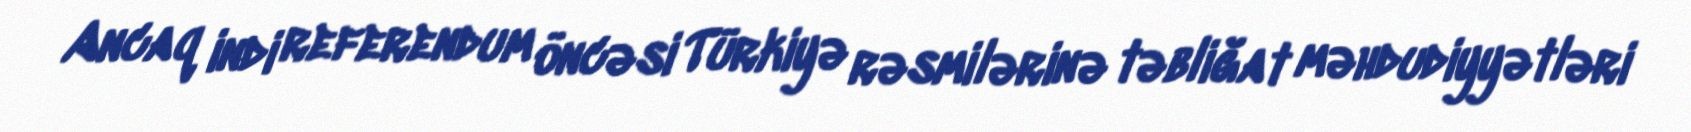
Ancaq indi referendum öncəsi Türkiyə rəsmilərinə təbliğat məhdudiyyətləri